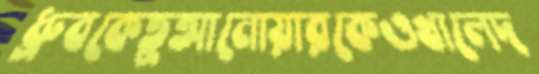
ধ্রুবকেতুআনোয়ারকেওখালেদ